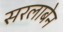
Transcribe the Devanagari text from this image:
सरलाबेन